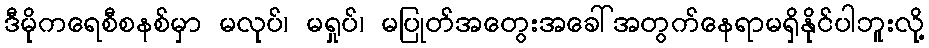
ဒီမိုကရေစီစနစ်မှာ မလုပ်၊ မရှုပ်၊ မပြုတ်အတွေးအခေါ်အတွက်နေရာမရှိနိုင်ပါဘူးလို့